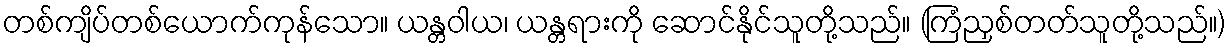
တစ်ကျိပ်တစ်ယောက်ကုန်သော။ ယန္တဝါယ၊ ယန္တရားကို ဆောင်နိုင်သူတို့သည်။ (ကြံညှစ်တတ်သူတို့သည်။)